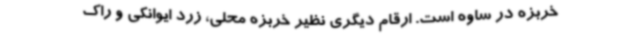
خربزه در ساوه است. ارقام دیگری نظیر خربزه محلی، زرد ایوانکی و راک